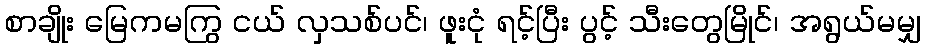
စာချိုး မြေကမကြွ ငယ် လှသစ်ပင်၊ ဖူးငုံ ရင့်ပြီး ပွင့် သီးတွေမြိုင်၊ အရွယ်မမျှ